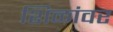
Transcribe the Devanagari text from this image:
शिळांवर